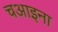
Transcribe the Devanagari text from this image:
चआइना